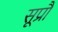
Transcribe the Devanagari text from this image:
सूप्रौ